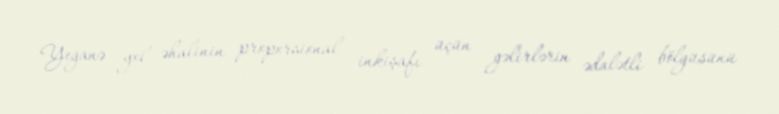
Yeganə yol əhalinin proporsional inkişafı üçün gəlirlərin ədalətli bölgüsünü